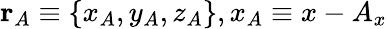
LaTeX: \mathbf{r}_{A}\equiv\{ x_{A},y_{A},z_{A}\} ,x_{A}\equiv x-A_{x}